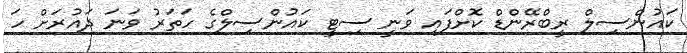
ކައުންސިލް ރީބްރޭންޑް ކޮށްފައި ވަނީ ސިޓީ ކައުންސިލްގެ ހަތަރު ވަނަ ދައުރަށް ހަ